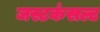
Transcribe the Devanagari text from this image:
जस्टकंसल्ट